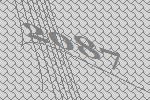
2087